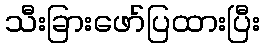
သီးခြားဖော်ပြထားပြီး